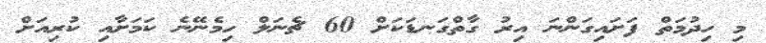
މި ހިދުމަތް ފަށައިގަންނަ އިރު ގާތްގަނޑަކަށް 60 ޗެނަލް ހިމެނޭނެ ކަމަށާއި ކުރިއަށް